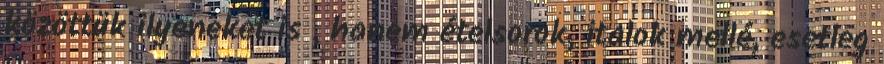
közöttük ilyeneket is , hanem ételsorok, italok mellé, esetleg